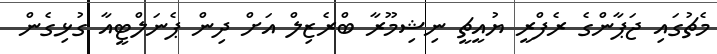
މެޗުގައި ޖަޕާންގެ ރެފްރީ ޔުއީޗީ ނިޝިމޫރާ ބްރެޒިލް އަށް ދިން ޕެނަލްޓީއާ ގުޅިގެން